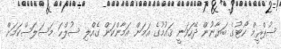
ސުޕްރީމް ކޯޓުގެ ބަޔާނުން ދޭހަވަނީ ޤައުމުގެ އަމަން އަމާންކަން ގެއްލި ސުލްޙަ މަސަލަސްކަމަށް